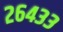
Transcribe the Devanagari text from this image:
२६४३३